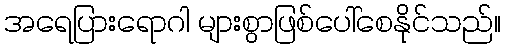
အရေပြားရောဂါ များစွာဖြစ်ပေါ်စေနိုင်သည်။